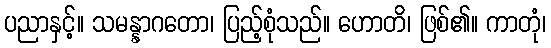
ပညာနှင့်။ သမန္နာဂတော၊ ပြည့်စုံသည်။ ဟောတိ၊ ဖြစ်၏။ ကာတုံ၊